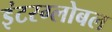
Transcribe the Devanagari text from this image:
इंटरग्लोबल